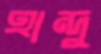
হান্দু